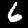
Digit: 6